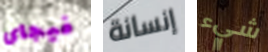
فيجاى إنسانة شيء